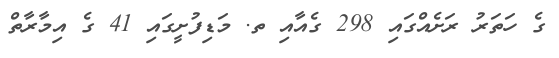
ގެ ހަތަރު ރަށެއްގައި 298 ގެއާއި ތ. މަޑިފުށީގައި 41 ގެ އިމާރާތް